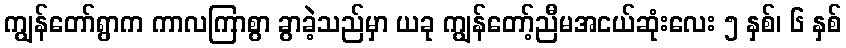
ကျွန်တော်ရွာက ကာလကြာစွာ ခွာခဲ့သည်မှာ ယခု ကျွန်တော့်ညီမအငယ်ဆုံးလေး ၅ နှစ်၊ ၆ နှစ်